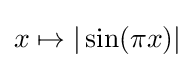
x\mapsto |\sin(\pi x)|